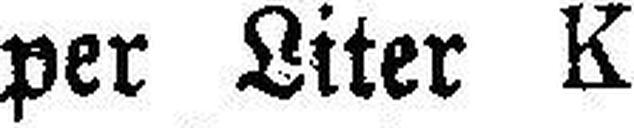
per Liter K 1.34, bei Josef Zieger, Schäpf¬